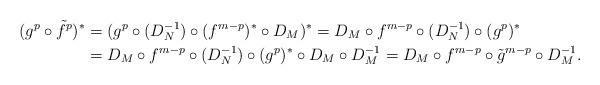
LaTeX: \begin{align*}\begin{aligned}(g^{p}\circ\tilde f^{p})^{*}&=(g^{p}\circ (D_{N}^{-1}) \circ (f^{m-p})^{*}\circ D_{M})^{*}=D_{M}\circ f^{m-p}\circ (D_{N}^{-1})\circ (g^{p})^{*}\\&=D_{M}\circ f^{m-p}\circ (D_{N}^{-1})\circ (g^{p})^{*}\circ D_{M}\circ D_{M}^{-1}=D_{M}\circ f^{m-p}\circ \tilde g^{m-p}\circ D_{M}^{-1}.\end{aligned}\end{align*}